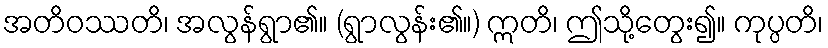
အတိဝဿတိ၊ အလွန်ရွာ၏။ (ရွာလွန်း၏။) ဣတိ၊ ဤသို့တွေး၍။ ကုပ္ပတိ၊